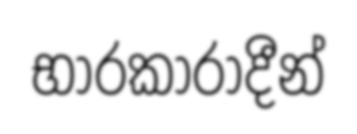
භාරකාරාදීන්